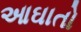
આઘાતો